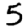
Digit: 5